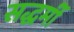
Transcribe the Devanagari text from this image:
सद्धर्मी